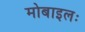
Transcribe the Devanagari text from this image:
मोबाइलः